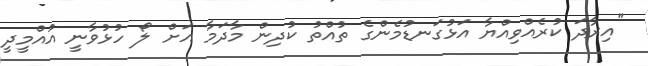
"އިރާދަ ކުރެއްވިއްޔާ އަޅުގަނޑުމެންގެ ތުއްތު ކުދިން މާދަމާ އަށް ލޯ ހުޅުވާނީ އުއްމީދީ